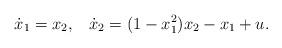
LaTeX: \begin{align*} \dot x_1 = x_2, \;\;\; \dot x_2 = (1 - x_1^2) x_2 - x_1 + u. \end{align*}